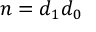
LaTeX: n = d _ { 1 } d _ { 0 }